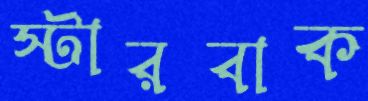
স্টারবাক